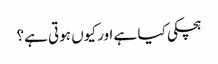
ہچکی کیا ہے اور کیوں ہوتی ہے؟